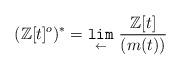
LaTeX: \begin{align*}(\mathbb{Z}[t]^o)^* = \underset{\leftarrow}{{\tt lim}}~\frac{\mathbb{Z}[t]}{(m(t))} \end{align*}